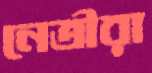
নেত্রীরা